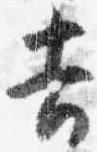
吉